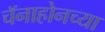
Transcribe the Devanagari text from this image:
चॅनाहोनच्या